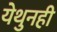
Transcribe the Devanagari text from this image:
येथुनही